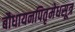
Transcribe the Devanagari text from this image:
बौधायनपितृमेधसूत्र